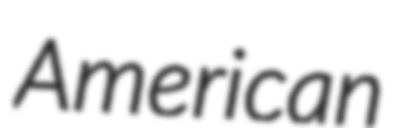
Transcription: American